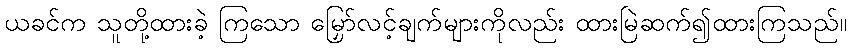
ယခင်က သူတို့ထားခဲ့ ကြသော မြှော်လင့်ချက်များကိုလည်း ထားမြဲဆက်၍ထားကြသည်။